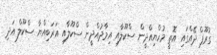
ގުރޫޕް ދޭއްގައި އޮތީ މުހްޔިއްދީން ސްކޫލާއި އިމާދުއްދީން ސްކޫލާއި އަރަބިއްޔާ ސްކޫލް އަދި